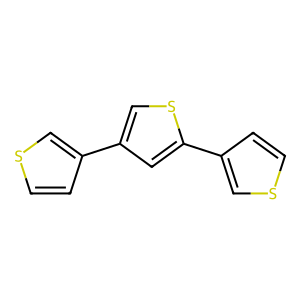
SMILES: c1cc(-c2csc(-c3ccsc3)c2)cs1
Inhibits HIV replication: No